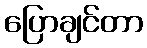
ပြောချင်တာ